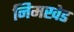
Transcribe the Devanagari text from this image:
निमखेड